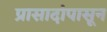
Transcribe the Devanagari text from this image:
प्रासादांपासून